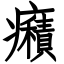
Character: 癪